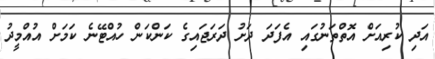
އަދި ކުރިއަށް އޮތްތަނުގައި އެފަދަ ދަށު ދަރަޖައިގެ ކަންކަން ހުއްޓޭނެ ކަމަށް އުއްމީދު